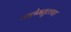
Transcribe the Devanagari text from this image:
कलेमतुल्लाह